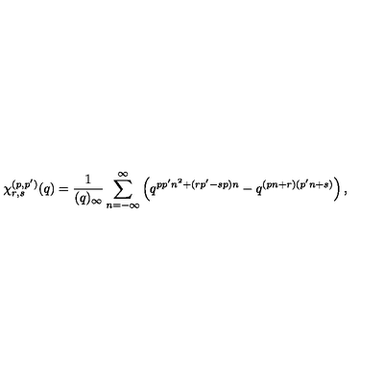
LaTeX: \chi _ { r , s } ^ { ( p , p ^ { \prime } ) } ( q ) = \frac { 1 } { ( q ) _ { \infty } } \sum _ { n = - \infty } ^ { \infty } \left( q ^ { p p ^ { \prime } n ^ { 2 } + ( r p ^ { \prime } - s p ) n } - q ^ { ( p n + r ) ( p ^ { \prime } n + s ) } \right) ,